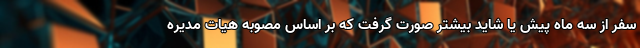
سفر از سه ماه پیش یا شاید بیشتر صورت گرفت که بر اساس مصوبه هیات مدیره